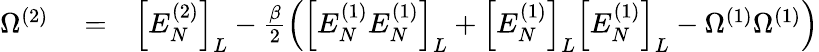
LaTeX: \begin{array}{rlr}{\Omega^{(2)}}&{{}=}&{\left[E_{N}^{(2)}\right]_{L}-\frac{\beta}{2}\left(\left[{E_{N}^{(1)}E_{N}^{(1)}}\right]_{L}+\left[E_{N}^{(1)}\right]_{L}\left[E_{N}^{(1)}\right]_{L}-\Omega^{(1)}\Omega^{(1)}\right)}\end{array}